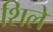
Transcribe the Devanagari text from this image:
शिले